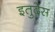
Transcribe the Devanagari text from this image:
इतुदेस